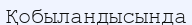
Қобыландысында